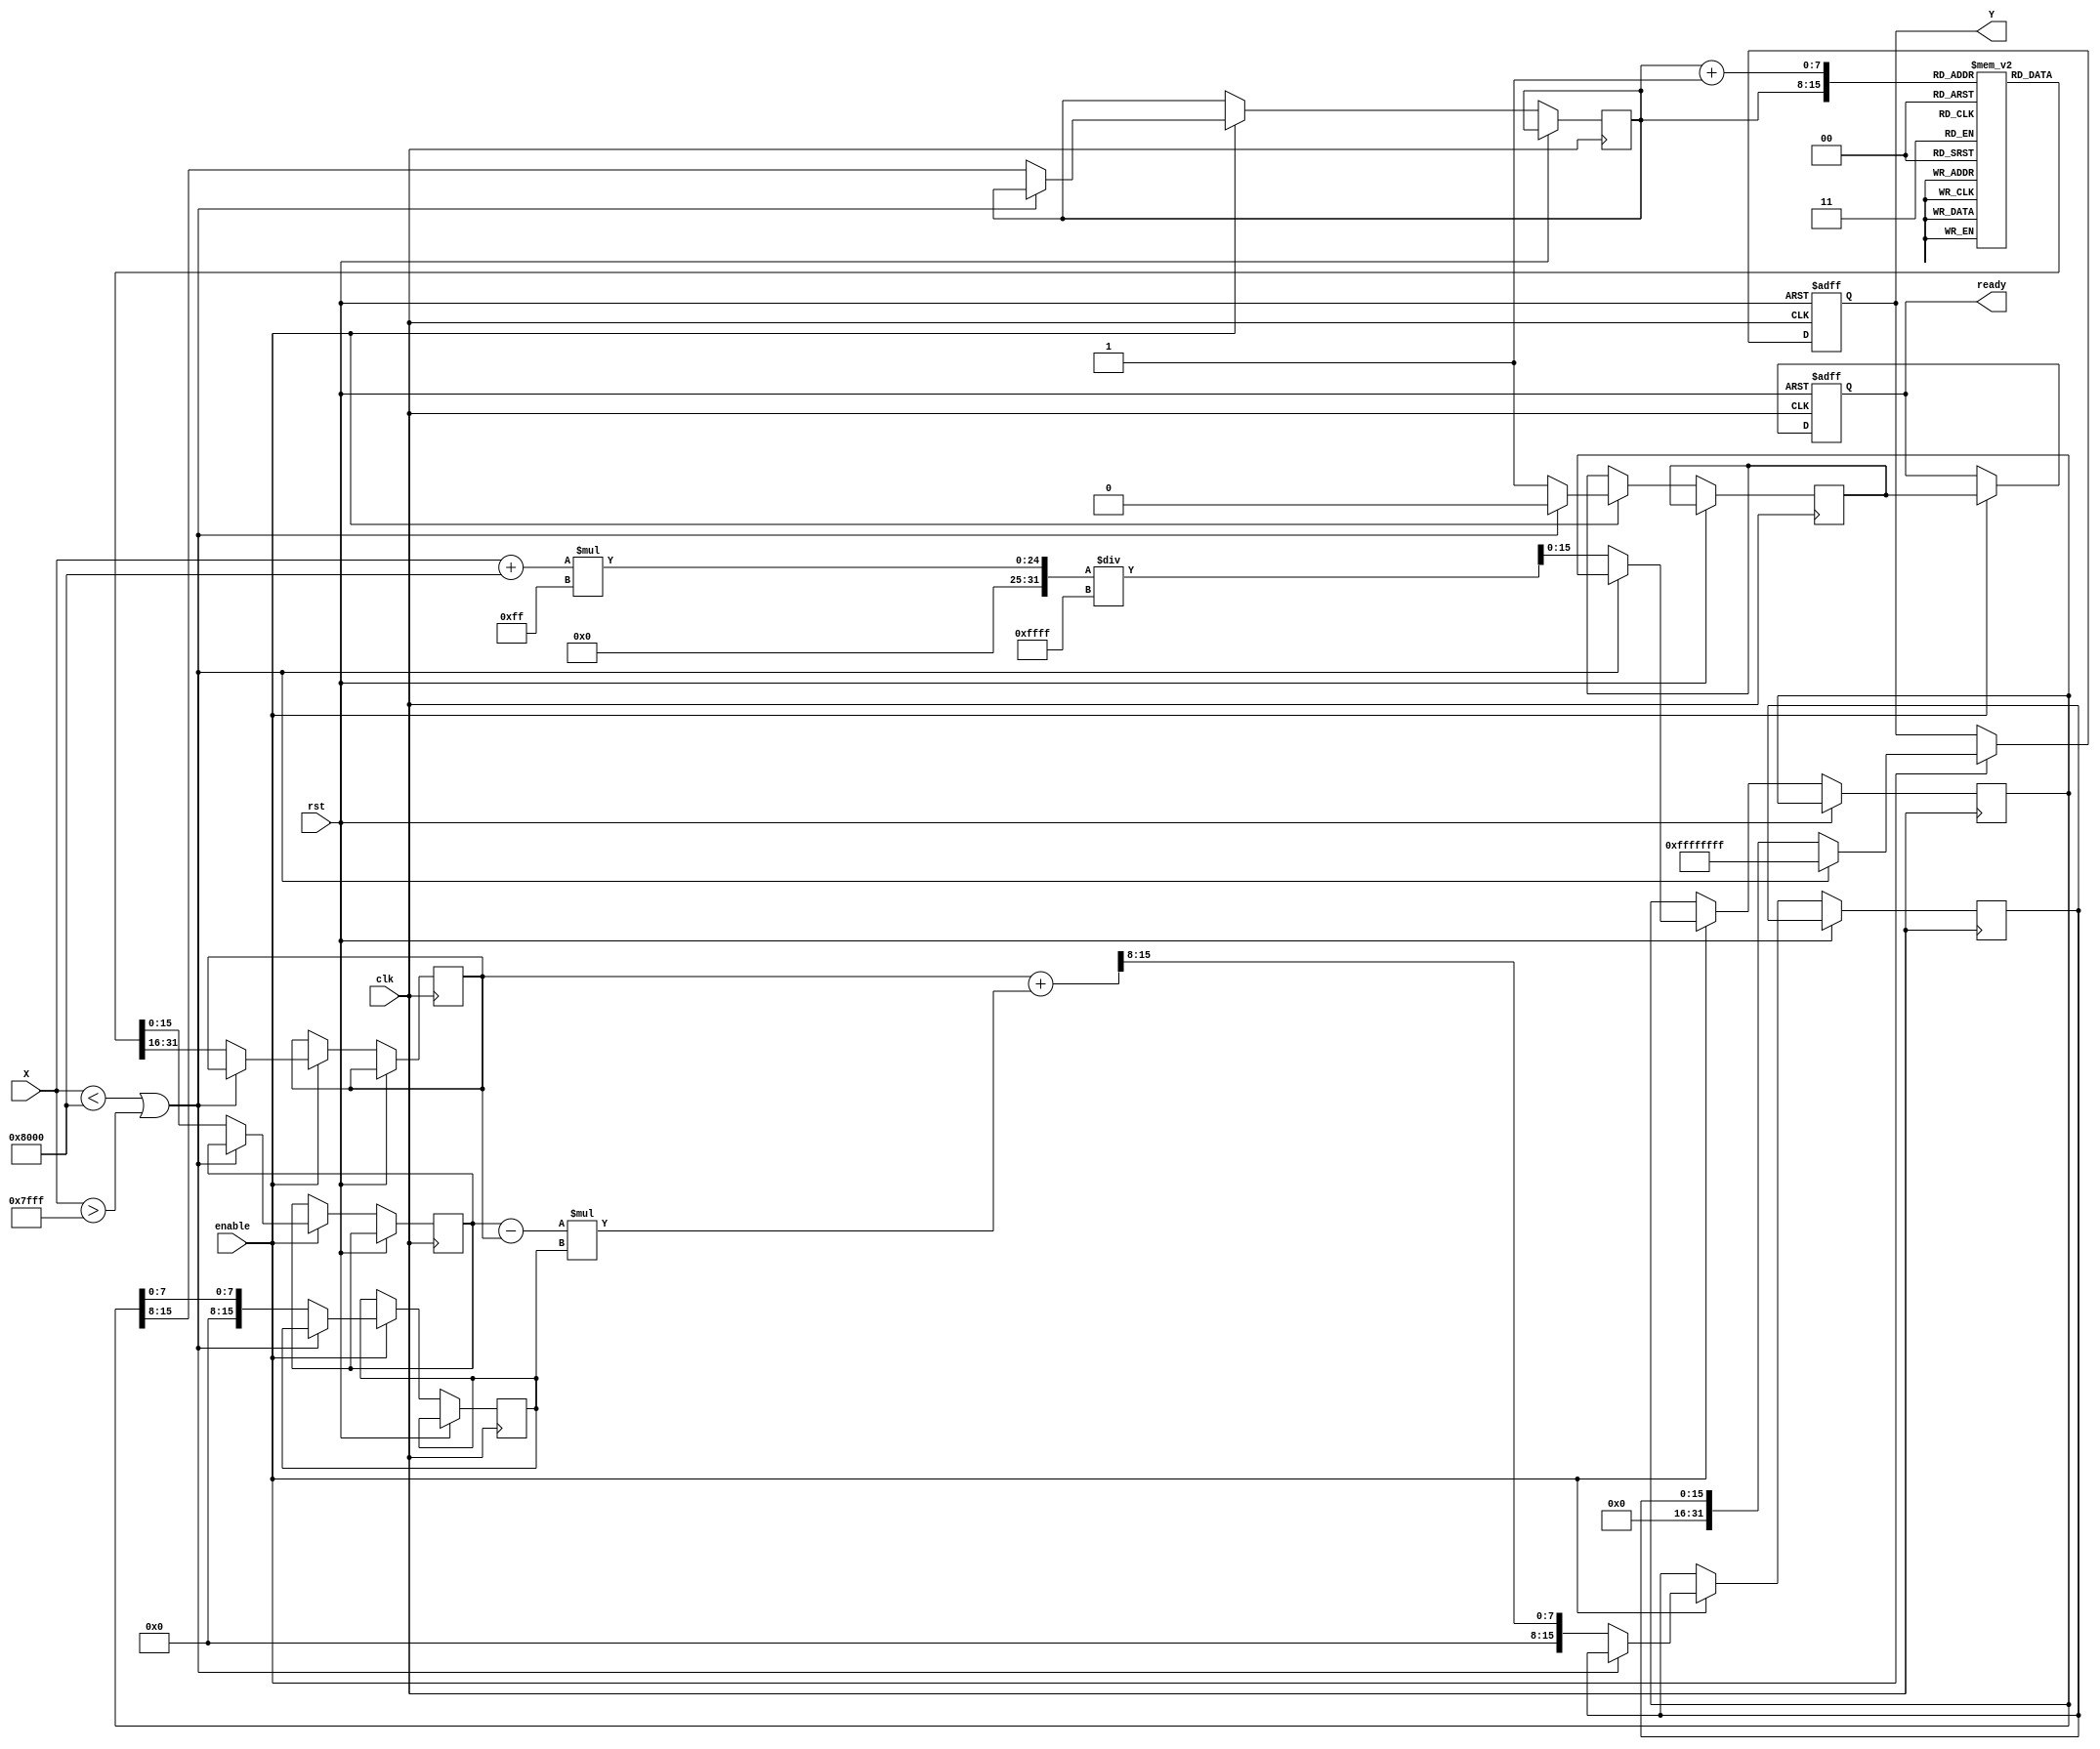
module acos_block (
    input wire clk,
    input wire rst,
    input wire enable,
    input wire signed [15:0] X, // Input value in fixed-point format (16-bit)
    output reg signed [31:0] Y,  // Output value in fixed-point format (32-bit)
    output reg ready             // Output valid signal
);

    // Parameters
    parameter LUT_SIZE = 256; // Number of entries in the LUT
    parameter LUT_WIDTH = 16;  // Width of LUT entries (in bits)
    parameter INTERPOLATION_BITS = 8; // Bits for interpolation

    // LUT for acos values (precomputed)
    reg [LUT_WIDTH-1:0] lut [0:LUT_SIZE-1];

    // Internal signals
    reg signed [15:0] x_scaled; // Scaled input for LUT indexing
    reg [7:0] lut_index;        // LUT index
    reg [7:0] lut_index_next;   // Next LUT index for interpolation
    reg [LUT_WIDTH-1:0] lut_value_a; // LUT value at index
    reg [LUT_WIDTH-1:0] lut_value_b; // LUT value at next index
    reg [LUT_WIDTH-1:0] lut_value_interpolated; // Interpolated value
    reg [15:0] fraction;        // Fractional part for interpolation
    reg valid_range;            // Flag for valid input range

    // Initialize LUT with precomputed acos values
    initial begin
        // Populate the LUT with precomputed acos values (in radians)
        // This is an example, actual values should be filled in
        // lut[0] = 3.14159; // acos(-1)
        // lut[1] = 3.14159/2; // acos(0)
        // lut[255] = 0; // acos(1)
        // Fill in the rest of the LUT values...
    end

    // Range check and LUT indexing
    always @(posedge clk or posedge rst) begin
        if (rst) begin
            Y <= 0;
            ready <= 0;
        end else if (enable) begin
            // Check if input is in range [-1, 1]
            if (X < -16'h8000 || X > 16'h7FFF) begin
                valid_range <= 0;
                Y <= 32'hFFFFFFFF; // Set to NaN or error value
            end else begin
                valid_range <= 1;
                // Scale input to LUT index
                x_scaled <= (X + 16'h8000) * (LUT_SIZE - 1) / 16'hFFFF; // Scale to [0, LUT_SIZE-1]
                lut_index <= x_scaled[15:8]; // Integer part
                fraction <= x_scaled[7:0]; // Fractional part

                // Read LUT values
                lut_value_a <= lut[lut_index];
                lut_value_b <= lut[lut_index + 1];

                // Linear interpolation
                lut_value_interpolated <= lut_value_a + ((lut_value_b - lut_value_a) * fraction) >> INTERPOLATION_BITS;

                // Set output
                Y <= lut_value_interpolated;
            end
            ready <= valid_range; // Set ready signal based on valid range
        end
    end

endmodule